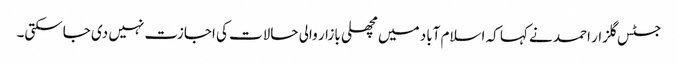
جسٹس گلزار احمد نے کہا کہ اسلام آباد میں مچھلی بازار والی حالات کی اجازت نہیں دی جاسکتی۔